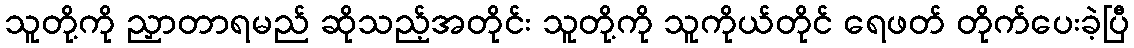
သူတို့ကို ညှာတာရမည် ဆိုသည့်အတိုင်း သူတို့ကို သူကိုယ်တိုင် ရေဖတ် တိုက်ပေးခဲ့ပြီ